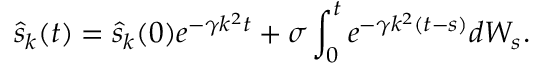
\hat { s } _ { k } ( t ) = \hat { s } _ { k } ( 0 ) e ^ { - \gamma k ^ { 2 } t } + \sigma \int _ { 0 } ^ { t } e ^ { - \gamma k ^ { 2 } ( t - s ) } d W _ { s } .